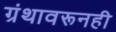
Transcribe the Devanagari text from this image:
ग्रंथावरूनही